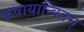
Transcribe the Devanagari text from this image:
कषायान्वितम्